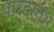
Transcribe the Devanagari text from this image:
पारदस्तंभ